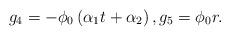
LaTeX: \begin{align*}{{g}_{4}}=-{{\phi }_{0}}\left( {{\alpha }_{1}}t+{{\alpha }_{2}} \right),{{g}_{5}}={{\phi }_{0}}r.\end{align*}